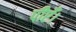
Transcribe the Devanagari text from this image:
पीएँ।